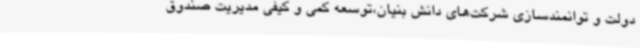
دولت و توانمندسازی شرکت‌های دانش بنیان،توسعه کمی و کیفی مدیریت صندوق